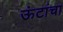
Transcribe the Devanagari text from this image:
ऊंटांचा